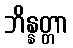
ဘိန္နတ္တာ